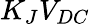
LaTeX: K_{J}V_{DC}